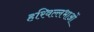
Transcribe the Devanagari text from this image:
हरिवल्लभाओं